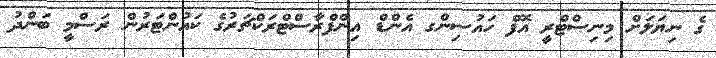
ގެ ނިޔަލަށް މިނިސްޓްރީ އޮފް ހައުސިންގ އެންޑް އިންފްރާސްޓްރަކްޗަރުގެ ކައުންޓަރުން ރަސްމީ ބަންދު